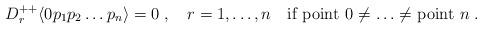
LaTeX: \begin{align*} D^{++}_r\langle 0 p_1p_2\ldots p_n\rangle = 0\;, \quad r=1,\ldots,n \quad \mbox{if point 0 $\neq\ldots\neq$ point $n$}\;.\end{align*}